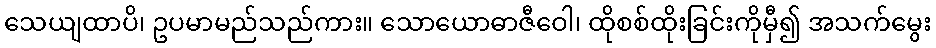
သေယျထာပိ၊ ဥပမာမည်သည်ကား။ သောယောဓာဇီဝေါ၊ ထိုစစ်ထိုးခြင်းကိုမှီ၍ အသက်မွေး